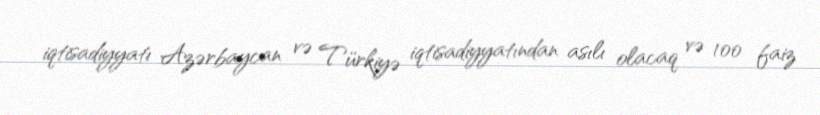
iqtisadiyyatı Azərbaycan və Türkiyə iqtisadiyyatından asılı olacaq və 100 faiz